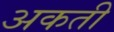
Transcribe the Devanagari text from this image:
अकती